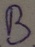
Text: B